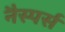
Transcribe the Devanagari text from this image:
नैस्पर्स